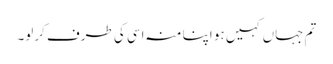
تم جہاں کہیں ہو اپنا منہ اسی کی طرف کرلو۔